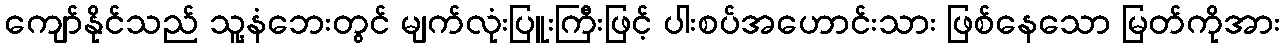
ကျော်နိုင်သည် သူ့နံဘေးတွင် မျက်လုံးပြူးကြီးဖြင့် ပါးစပ်အဟောင်းသား ဖြစ်နေသော မြတ်ကိုအား